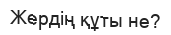
Жердің құты не?